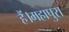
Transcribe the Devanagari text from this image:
हैं।महापुरा